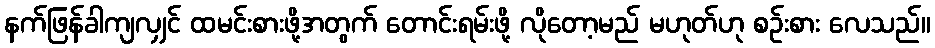
နက်ဖြန်ခါကျလျှင် ထမင်းစားဖို့အတွက် တောင်းရမ်းဖို့ လိုတော့မည် မဟုတ်ဟု စဉ်းစား လေသည်။